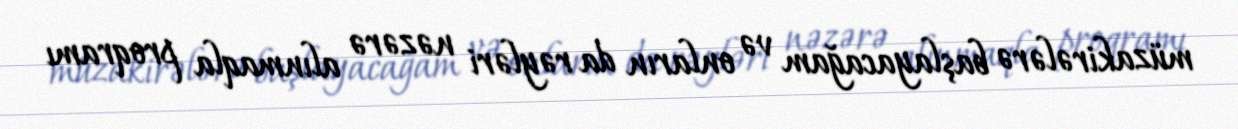
müzakirələrə başlayacağam və onların da rəyləri nəzərə alınmaqla proqramı